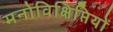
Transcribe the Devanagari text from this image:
मनोविक्षिप्तियों